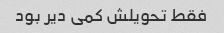
فقط تحویلش کمی دیر بود